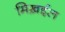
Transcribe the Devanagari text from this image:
मिख़ईल